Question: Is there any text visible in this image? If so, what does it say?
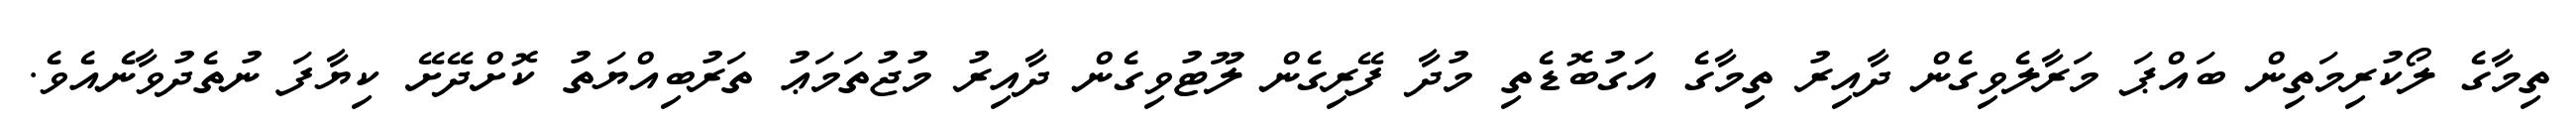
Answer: ތިމާގެ ލޯކުރިމަތިން ބައްޕަ މަރާލެވިގެން ދާއިރު ތިމާގެ އަގުބޮޑެތި މުދާ ފޭރިގެން ލޫޓުވިގެން ދާއިރު މުޖުތަމަޢު ތަރުބިއްޔަތު ކޮށްދޭށޭ ކިޔާފަ ނުތެދުވާނެއެވެ.